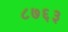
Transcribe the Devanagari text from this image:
८७६३